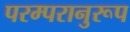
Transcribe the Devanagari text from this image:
परम्परानुरूप